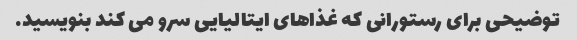
توضیحی برای رستورانی که غذاهای ایتالیایی سرو می کند بنویسید.